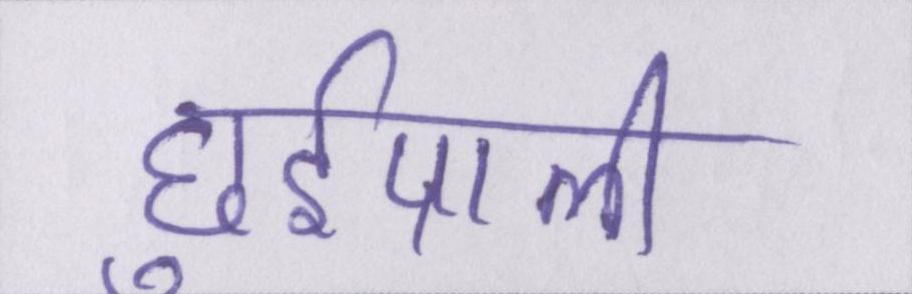
छुईपाली